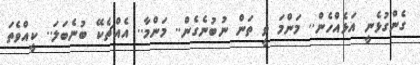
ގެންގުޅެނީ އަޅެއްހެން.. މަންމަ ވީ ތަން ނުބުނެގެން.. މަންމާ.. އެއްޗެކޭ ބުނެބަލަ.. ކީއްވެތަ